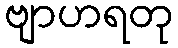
ဗျာဟရတု